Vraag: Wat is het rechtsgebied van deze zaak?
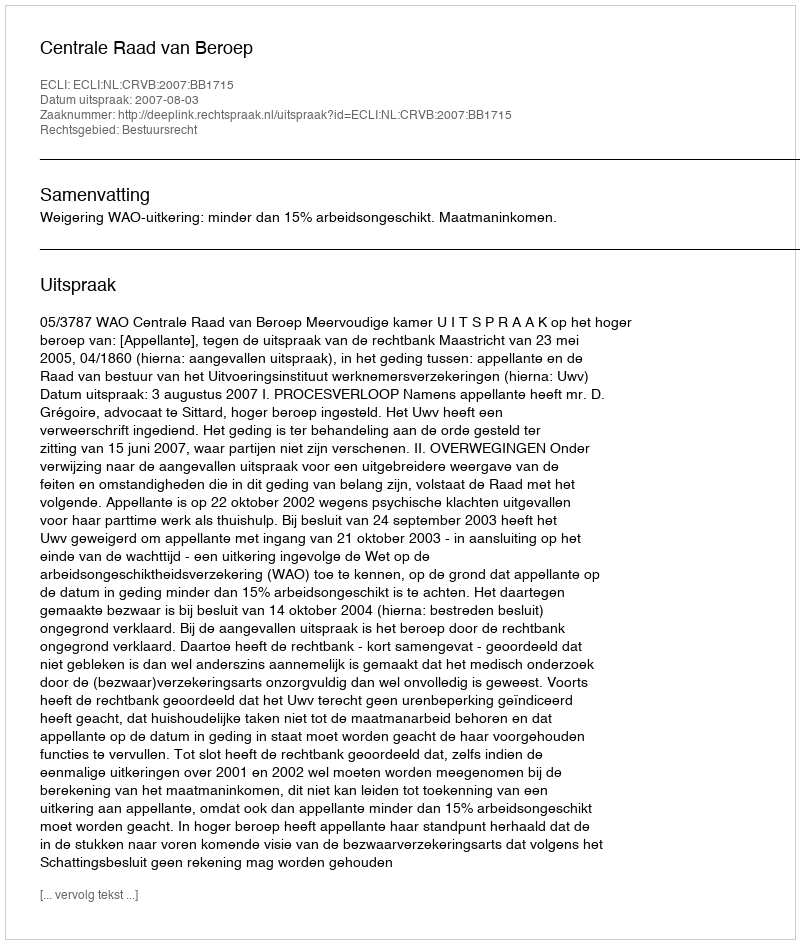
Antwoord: Bestuursrecht